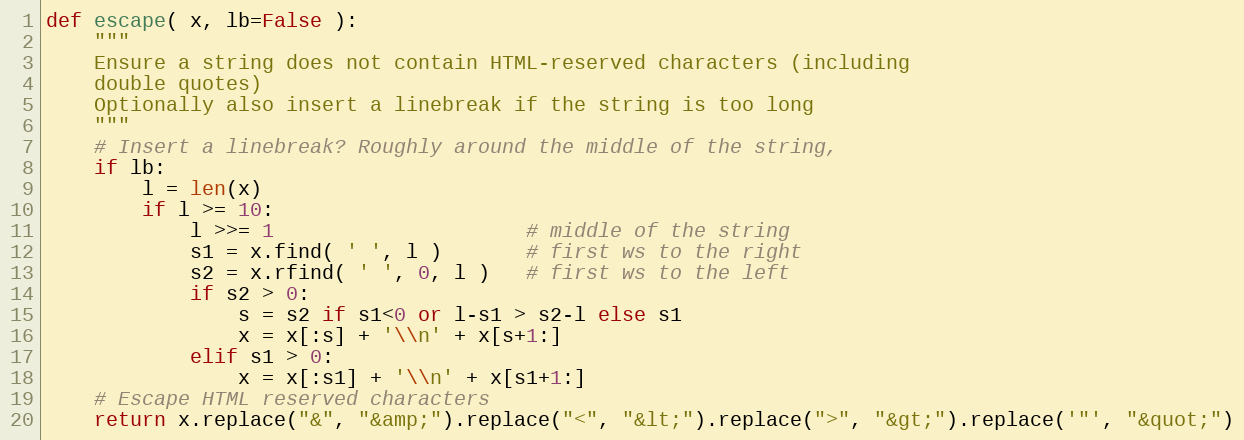
Language: Python
def escape( x, lb=False ):
    """
    Ensure a string does not contain HTML-reserved characters (including
    double quotes)
    Optionally also insert a linebreak if the string is too long
    """
    # Insert a linebreak? Roughly around the middle of the string,
    if lb:
        l = len(x)
        if l >= 10:
            l >>= 1                     # middle of the string
            s1 = x.find( ' ', l )       # first ws to the right
            s2 = x.rfind( ' ', 0, l )   # first ws to the left
            if s2 > 0:
                s = s2 if s1<0 or l-s1 > s2-l else s1
                x = x[:s] + '\\n' + x[s+1:]
            elif s1 > 0:
                x = x[:s1] + '\\n' + x[s1+1:]
    # Escape HTML reserved characters
    return x.replace("&", "&amp;").replace("<", "&lt;").replace(">", "&gt;").replace('"', "&quot;")